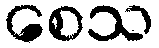
စေသ